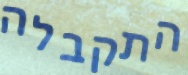
התקבלה